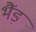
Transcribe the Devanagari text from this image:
भैंड़